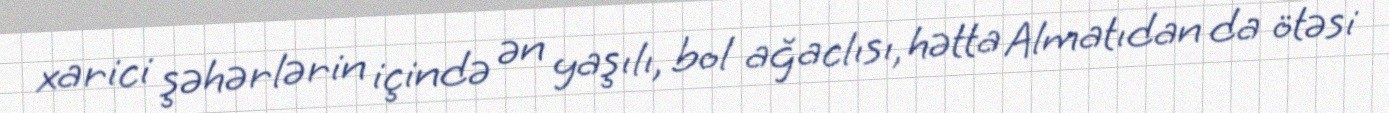
xarici şəhərlərin içində ən yaşılı, bol ağaclısı, hətta Almatıdan da ötəsi